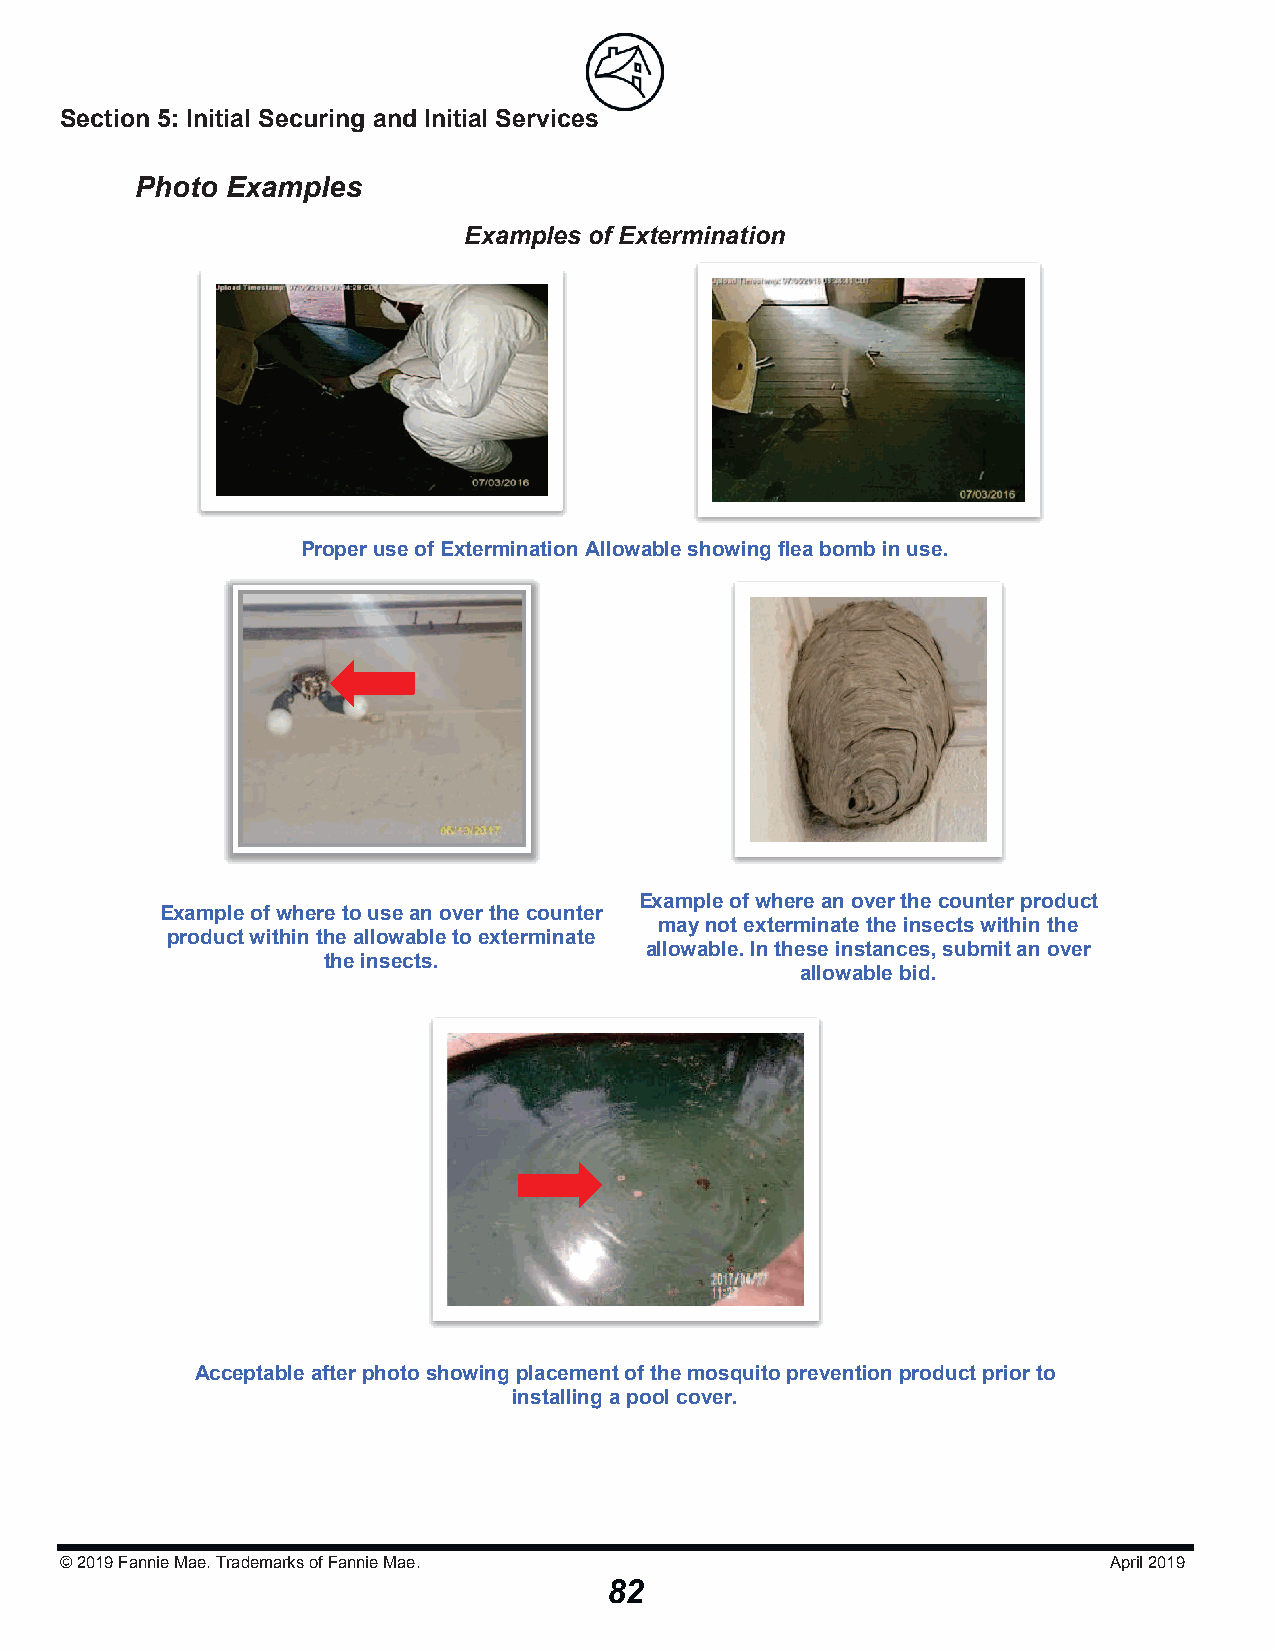
Section 5: Initial Securing and Initial Serviicceess
 Photo Examples
 Examples of Extermination
 Proper use of Extermination Allowable showing flea bomb in use.
 Example of where an over the counter product
 Example of where to use an over the counter
 may not exterminate the insects within the
 product within the allowable to exterminate
 allowable. In these instances, submit an over
 the insects.
 allowable bid.
 Acceptable after photo showing placement of the mosquito prevention product prior to
 installing a pool cover.
 © 2019Fannie Mae. Trademarks of Fannie Mae.                          April 2019
 82